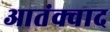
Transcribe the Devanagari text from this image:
आतंक्वाद